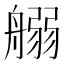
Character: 𦩸